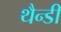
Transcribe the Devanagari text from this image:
थैन्डी